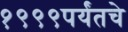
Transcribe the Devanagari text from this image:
१९९९पर्यंतचे